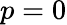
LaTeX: p=0